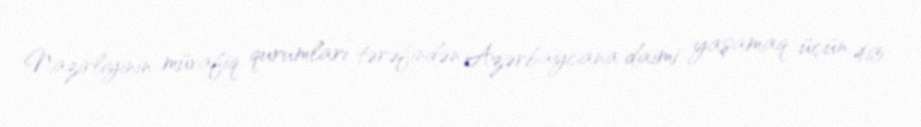
Nazirliyinin müvafiq qurumları tərəfindən Azərbaycana daimi yaşamaq üçün 465